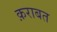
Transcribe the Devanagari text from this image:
क़राबत